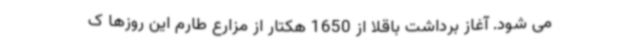
می شود. آغاز برداشت باقلا از 1650 هکتار از مزارع طارم این روزها ک